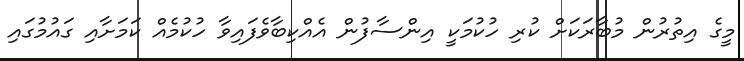
މީގެ އިތުރުން މުބާރަކަށް ކުރި ހުކުމަކީ އިންސާފުން އެއްކިބާވެފައިވާ ހުކުމެއް ކަމަށާއި ގައުމުގައި